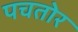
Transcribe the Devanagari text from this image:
पचतोर